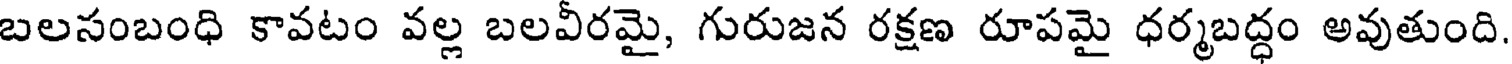
బలసంబంధి కావటం వల్ల బలవీరమై, గురుజన రక్షణ రూపమై ధర్మబద్ధం అవుతుంది